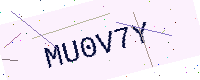
Text: MU0V7Y